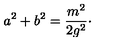
a ^ { 2 } + b ^ { 2 } = { \frac { m ^ { 2 } } { 2 g ^ { 2 } } } \cdotp